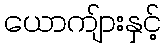
ယောကျ်ားနှင့်